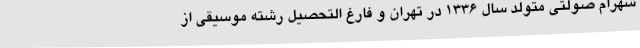
شهرام صولتی متولد سال ۱۳۳۶ در تهران و فارغ التحصیل رشته موسیقی از